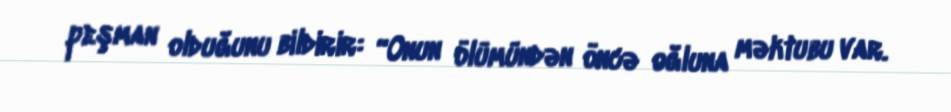
peşman olduğunu bildirir: “Onun ölümündən öncə oğluna məktubu var.